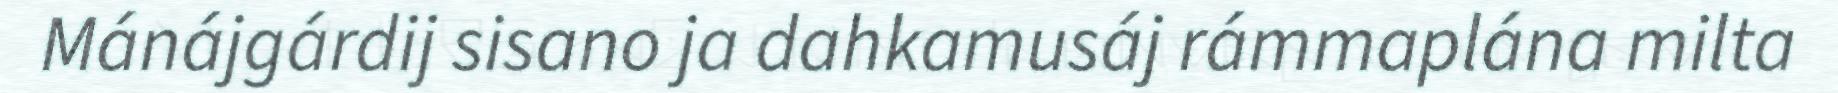
Mánájgárdij sisano ja dahkamusáj rámmaplána milta